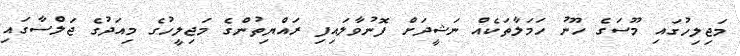
މަޖިލިހުގައި މޫސަގެ ހޫނު ހަމަލާތަކެއް ނަޝީދަށް ފޮނުވާލައިފި ރައްޔިތުންގެ މަޖިލީހުގެ މިއަދުގެ ޖަލްސާގައި